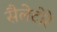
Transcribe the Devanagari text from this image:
सैलेटोरे